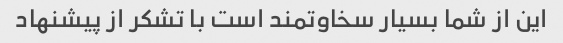
این از شما بسیار سخاوتمند است با تشکر از پیشنهاد